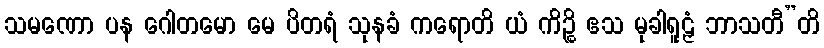
သမဏော ပန ဂေါတမော မေ ပိတရံ သုနခံ ကရောတိ ယံ ကိဉ္စိ ဧသ မုခါရူဠှံ ဘာသတီ”တိ